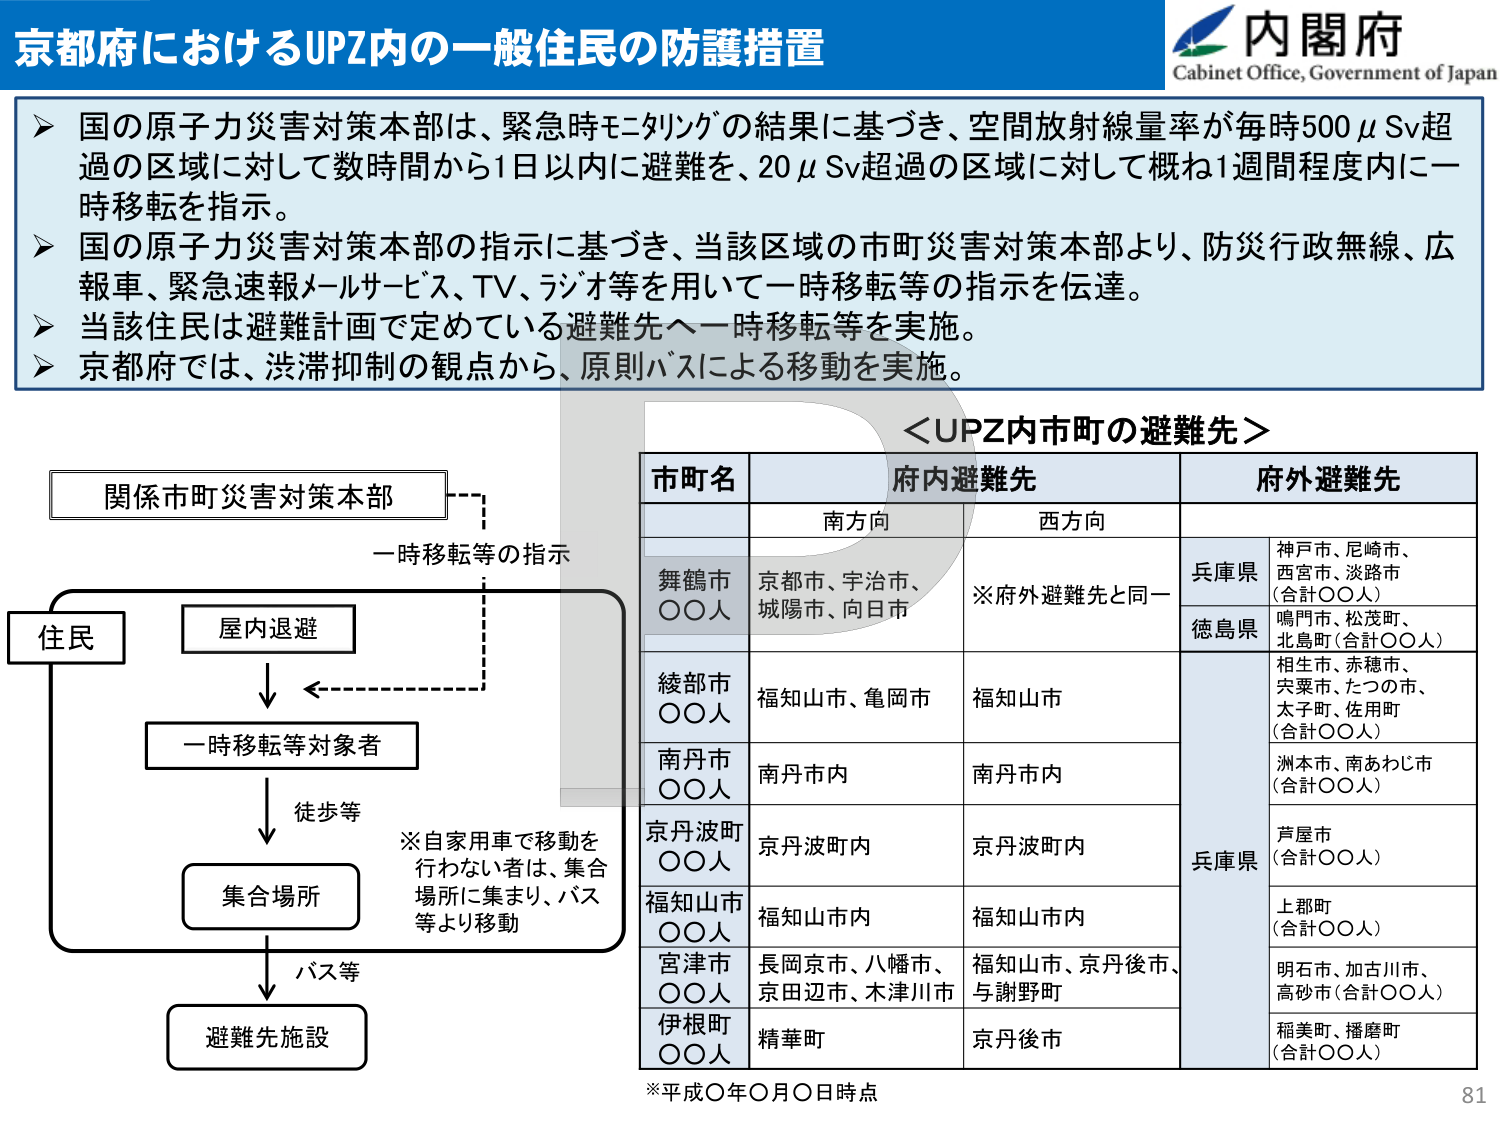
京都府におけるUPZ内の一一般住民の防護措置

内閣府
Cabinet Office, Government of Japan

▶ 国の原子力災害対策本部は、緊急時モニタリングの結果に基づき、空間放射線量率が毎時500μSv超過の区域に対して数時間から1日以内に避難を、20μSv超過の区域に対して概ね1週間程度内に一時移転を指示。
▶ 国の原子力災害対策本部の指示に基づき、当該区域の市町災害対策本部より、防災行政無線、広報車、緊急速報メールサービス、TV、ラジオ等を用いて一時移転等の指示を伝達。
▶ 当該住民は避難計画で定めている避難先へ一時移転等を実施。
▶ 京都府では、渋滞抑制の観点から、原則バスによる移動を実施。

＜UPZ内市町の避難先＞

市町名　　　　　府内避難先　　　　　　府外避難先
　　　　　　　　南方向　　　　　　西方向
舞鶴市　　　　京都市、宇治市、　　　　※府外避難先と同一　　兵庫県　　神戸市、尼崎市、
　　　　　　　　城陽市、向日市　　　　　　　　　　　　　　　　西宮市、淡路市
　　　　　　　　　　　　　　　　　　　　　　　　　　　　　　(合計〇〇人)
　　　　　　　　　　　　　　　　　　　　　　　　　　　　　　徳島県　　鳴門市、松茂町、
　　　　　　　　　　　　　　　　　　　　　　　　　　　　　　　　　　北島町(合計〇〇人)
綾部市　　　　福知山市、亀岡市　　　　福知山市　　　　　　　　相生市、赤穂市、
　　　　　　　　　　　　　　　　　　　　　　　　　　　　　　　　宍粟市、たつの市、
　　　　　　　　　　　　　　　　　　　　　　　　　　　　　　　　太子町、佐用町
　　　　　　　　　　　　　　　　　　　　　　　　　　　　　　(合計〇〇人)
南丹市　　　　南丹市内　　　　　　南丹市内　　　　　　　　　　洲本市、南あわじ市
　　　　　　　　　　　　　　　　　　　　　　　　　　　　　　(合計〇〇人)
京丹波町　　　京丹波町内　　　　　　京丹波町内　　　　　　　　兵庫県　　芦屋市
　　　　　　　　　　　　　　　　　　　　　　　　　　　　　　　　　　(合計〇〇人)
福知山市　　　福知山市内　　　　　　福知山市内　　　　　　　　上郡町
　　　　　　　　　　　　　　　　　　　　　　　　　　　　　　　　　　(合計〇〇人)
宮津市　　　　長岡京市、八幡市、　　　福知山市、京丹後市、　　明石市、加古川市、
　　　　　　　　京田辺市、木津川市　　　与謝野町　　　　　　　　高砂市(合計〇〇人)
伊根町　　　　精華町　　　　　　京丹後市　　　　　　　　　　稲美町、播磨町
　　　　　　　　　　　　　　　　　　　　　　　　　　　　　　　　　　(合計〇〇人)

※平成〇年〇月〇日時点

関係市町災害対策本部